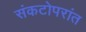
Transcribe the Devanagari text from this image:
संकटोपरांत